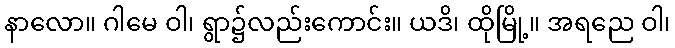
နာလော။ ဂါမေ ဝါ၊ ရွာ၌လည်းကောင်း။ ယဒိ၊ ထိုမြို့။ အရညေ ဝါ၊